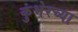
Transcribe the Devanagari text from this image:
कुंभेरच्या